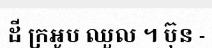
ដី ក្រអូប ឈួល ។ ប៊ុន -